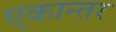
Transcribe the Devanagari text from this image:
एकान्‍तर